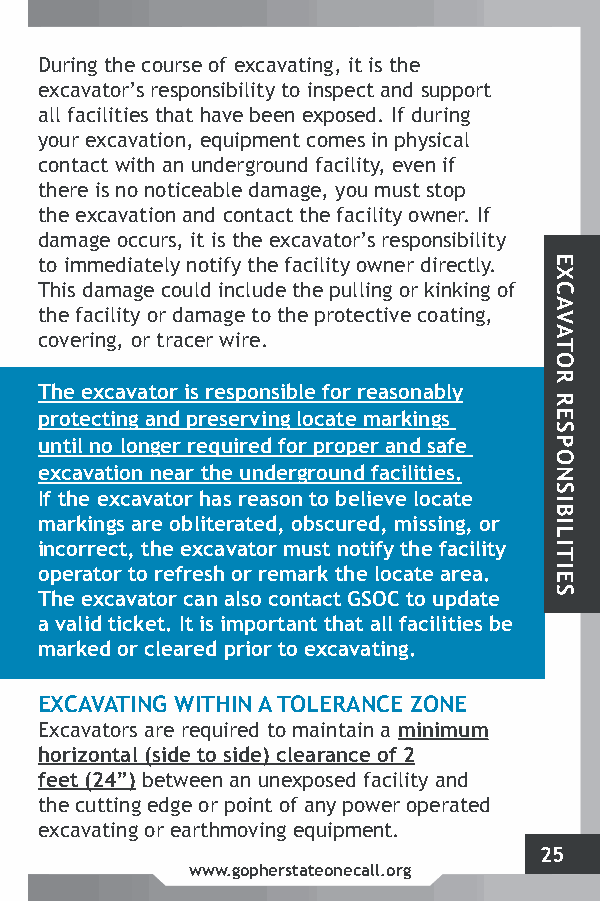
During the course of excavating, it is the
 excavator’s responsibility to inspect and support
 all facilities that have been exposed. If during
 your excavation, equipment comes in physical
 contact with an underground facility, even if
 there is no noticeable damage, you must stop
 the excavation and contact the facility owner. If
 damage occurs, it is the excavator’s responsibility
 to immediately notify the facility owner directly.
 This damage could include the pulling or kinking of
 the facility or damage to the protective coating,
 covering, or tracer wire.
 The excavator is responsible for reasonably
 protecting and preserving locate markings
 until no longer required for proper and safe
 excavation near the underground facilities.
 If the excavator has reason to believe locate
 markings are obliterated, obscured, missing, or
 incorrect, the excavator must notify the facility
 operator to refresh or remark the locate area.
 The excavator can also contact GSOC to update
 a valid ticket. It is important that all facilities be
 marked or cleared prior to excavating.
 EXCAVATING WITHIN A TOLERANCE ZONE
 Excavators are required to maintain a minimum
 horizontal (side to side) clearance of 2
 feet (24”) between an unexposed facility and
 the cutting edge or point of any power operated
 excavating or earthmoving equipment.
 25
 www.gopherstateonecall.org
 EXCAVATOR
 RESPONSIBILITIES